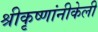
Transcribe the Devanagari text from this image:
श्रीकृष्णांनीकेली